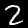
Digit: 2